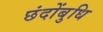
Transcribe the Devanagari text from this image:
छंदोंबुधि